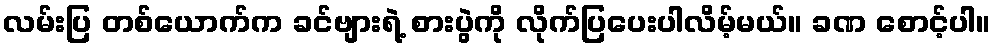
လမ်းပြ တစ်ယောက်က ခင်ဗျားရဲ့ စားပွဲကို လိုက်ပြပေးပါလိမ့်မယ်။ ခဏ စောင့်ပါ။